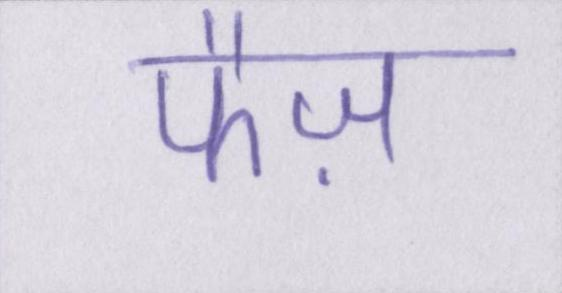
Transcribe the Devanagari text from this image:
फैज़